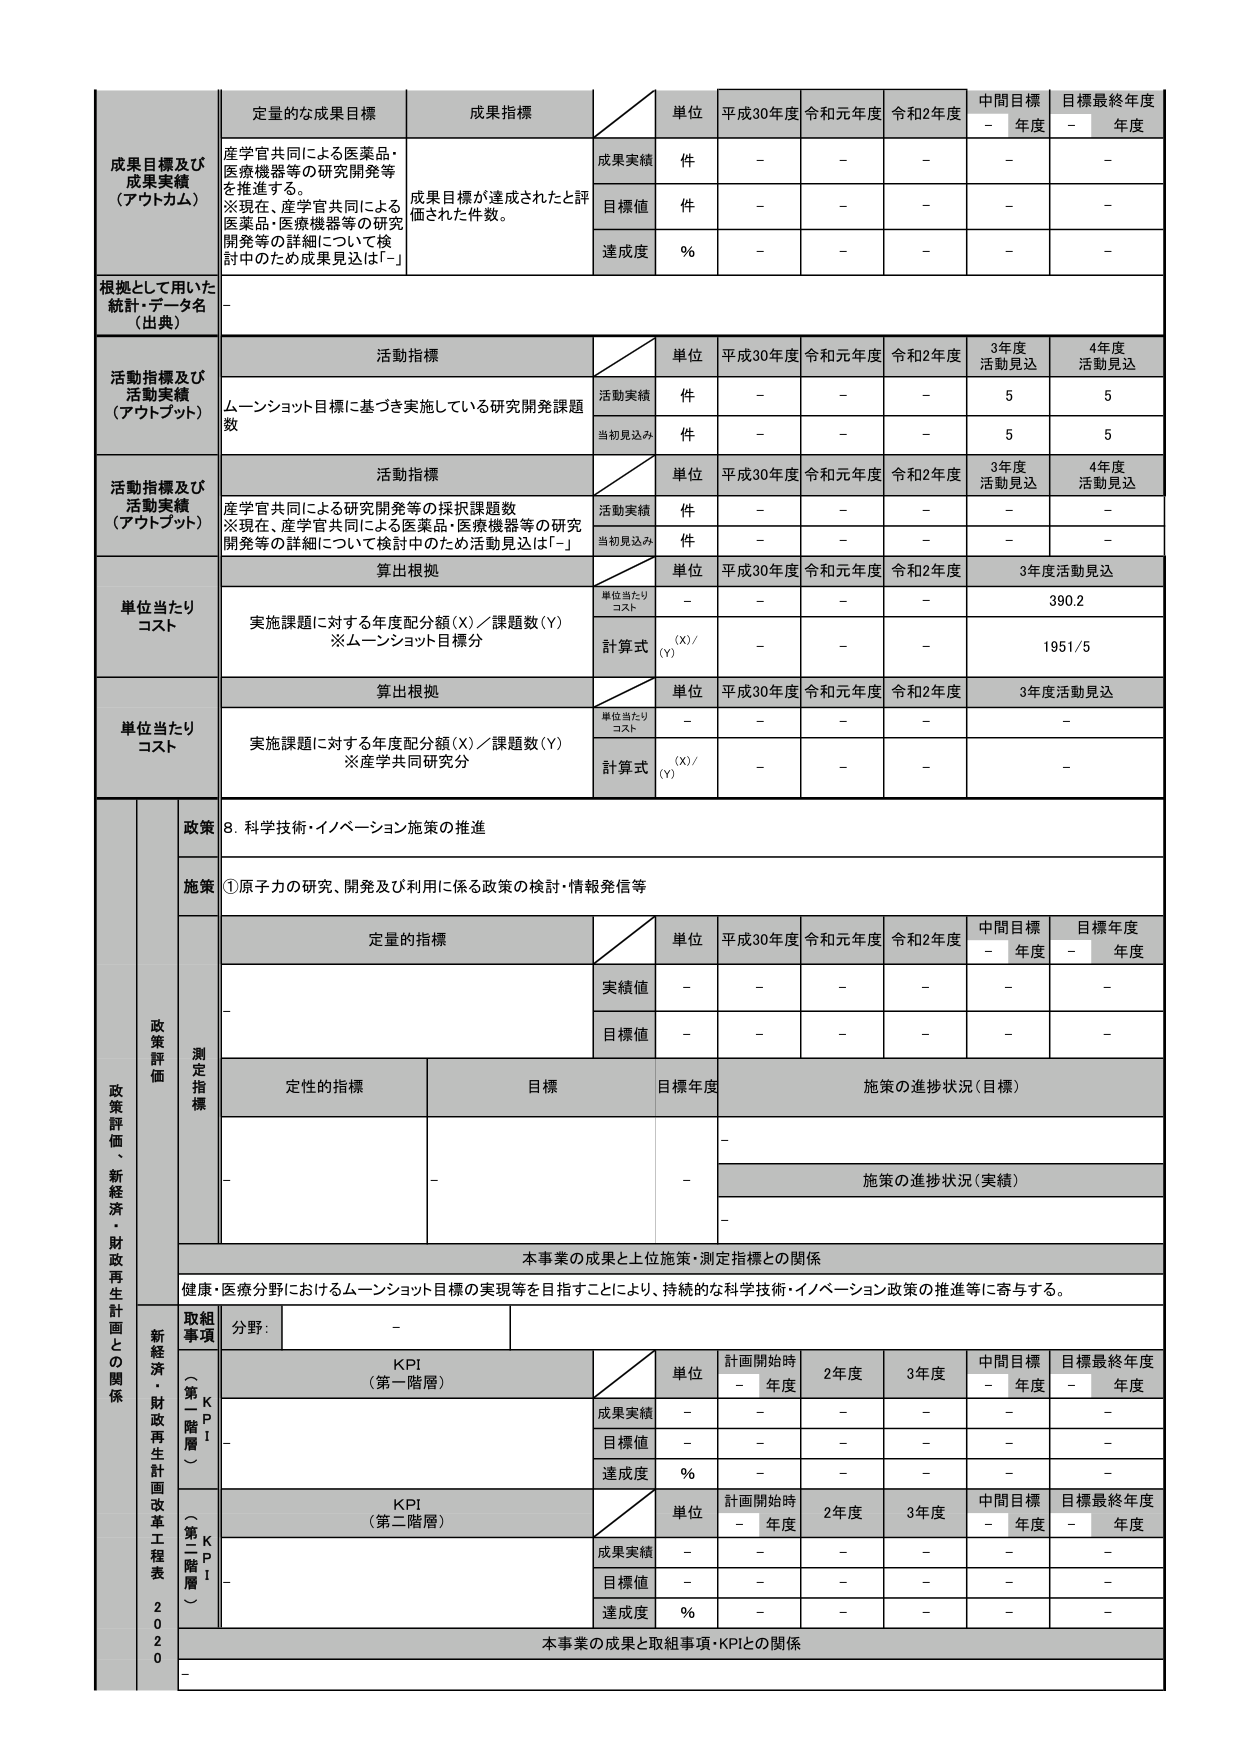
成果目標及び
成果実績
（アウトカム）

定量的な成果目標
産学官共同による医薬品・
医療機器等の研究開発等を
推進する。
※現在、産学官共同による
医薬品・医療機器等の研究
開発等の詳細について検
討中のため成果見込は「-」

成果指標
成果目標が達成されたと評
価された件数。

単位
成果実績
件
-
-
-
-
-

目標値
件
-
-
-
-
-

達成度
%
-
-
-
-
-

根拠として用いた
統計・データ名
（出典）
-

活動指標及び
活動実績
（アウトプット）

活動指標
単位
平成30年度
令和元年度
令和2年度
3年度
活動見込
4年度
活動見込

ムーンショット目標に基づき実施している研究開発課題数
活動実績
件
-
-
-
5
5

当初見込み
件
-
-
-
5
5

活動指標及び
活動実績
（アウトプット）

活動指標
単位
平成30年度
令和元年度
令和2年度
3年度
活動見込
4年度
活動見込

産学官共同による研究開発等の採択課題数
※現在、産学官共同による医薬品・医療機器等の研究
開発等の詳細について検討中のため活動見込は「-」
活動実績
件
-
-
-
-
-

当初見込み
件
-
-
-
-
-

単位当たり
コスト

算出根拠
単位
平成30年度
令和元年度
令和2年度
3年度活動見込

実施課題に対する年度配分額（X）／課題数（Y）
※ムーンショット目標分
単位当たり
コスト
-
-
-
-
390.2

計算式
（X）/（Y）
-
-
-
-
1951/5

単位当たり
コスト

算出根拠
単位
平成30年度
令和元年度
令和2年度
3年度活動見込

実施課題に対する年度配分額（X）／課題数（Y）
※産学共同研究分
単位当たり
コスト
-
-
-
-
-

計算式
（X）/（Y）
-
-
-
-
-

政策
8. 科学技術・イノベーション施策の推進

施策
①原子力の研究、開発及び利用に係る政策の検討・情報発信等

政策評価
測定指標

定量的指標
単位
平成30年度
令和元年度
令和2年度
中間目標
- 年度
目標最終年度
- 年度

実績値
-
-
-
-
-
-

目標値
-
-
-
-
-
-

定性的指標
目標
目標年度
施策の進捗状況（目標）
-
-
-
-

施策の進捗状況（実績）
-

本事業の成果と上位施策・測定指標との関係
健康・医療分野におけるムーンショット目標の実現等を目指すことにより、持続的な科学技術・イノベーション政策の推進等に寄与する。

取組
事項
分野：
-

KPI
（第一階層）
単位
計画開始時
- 年度
2年度
3年度
中間目標
- 年度
目標最終年度
- 年度

成果実績
-
-
-
-
-
-

目標値
-
-
-
-
-
-

達成度
%
-
-
-
-
-
-

KPI
（第二階層）
単位
計画開始時
- 年度
2年度
3年度
中間目標
- 年度
目標最終年度
- 年度

成果実績
-
-
-
-
-
-

目標値
-
-
-
-
-
-

達成度
%
-
-
-
-
-
-

本事業の成果と取組事項・KPIとの関係
-

政策評価、新経済・財政再生計画との関係
新経済・財政再生計画改革工程表
2020